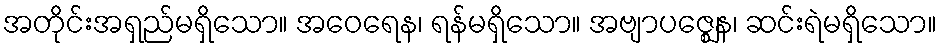
အတိုင်းအရှည်မရှိသော။ အဝေရေန၊ ရန်မရှိသော။ အဗျာပဇ္ဈေန၊ ဆင်းရဲမရှိသော။